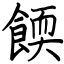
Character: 餪